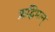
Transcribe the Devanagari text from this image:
ऋद्धिमान्‌